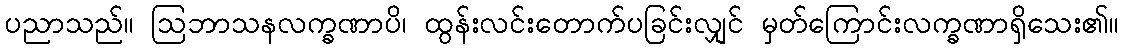
ပညာသည်။ ဩဘာသနလက္ခဏာပိ၊ ထွန်းလင်းတောက်ပခြင်းလျှင် မှတ်ကြောင်းလက္ခဏာရှိသေး၏။